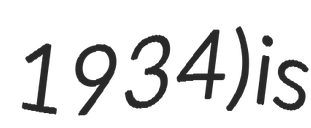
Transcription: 1934) is